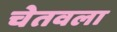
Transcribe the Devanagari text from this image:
चेतवला